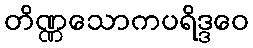
တိဏ္ဏသောကပရိဒ္ဒဝေ